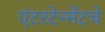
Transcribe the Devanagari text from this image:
एंटरटेन्मेंटचे